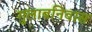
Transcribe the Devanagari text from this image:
गुलाबनिवास